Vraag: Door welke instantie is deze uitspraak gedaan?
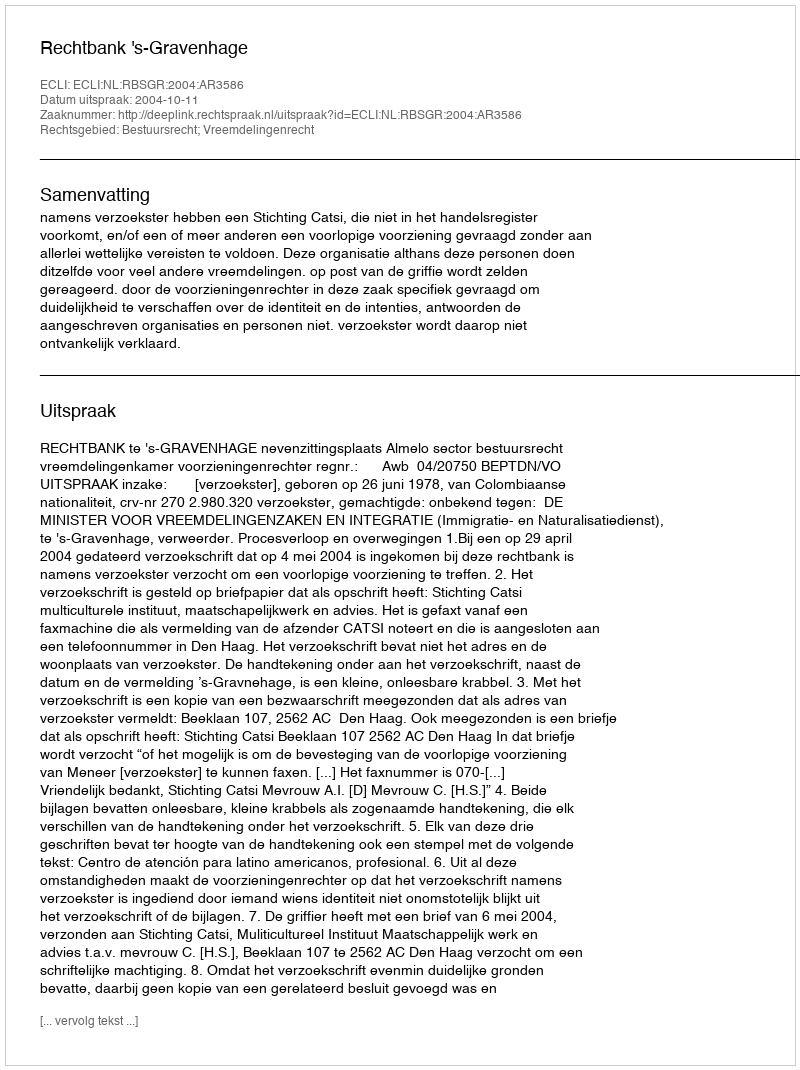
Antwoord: Rechtbank 's-Gravenhage